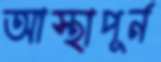
আস্থাপূর্ন